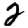
Digit: 2